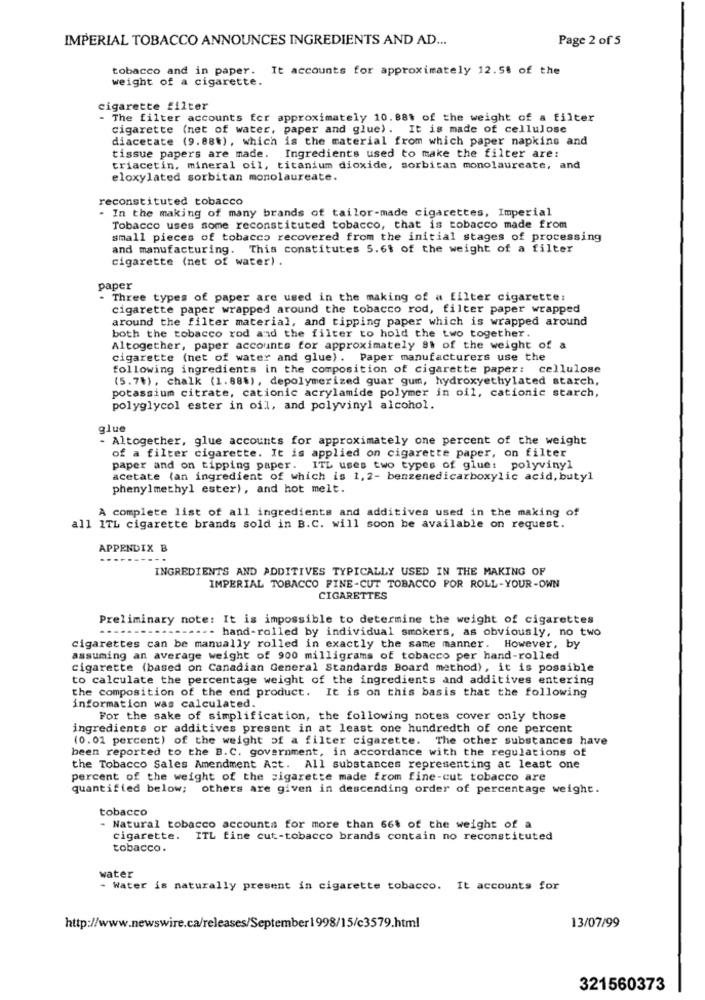
IMPERIAL TOBACCO ANNOUNCES INGREDIENTS AND AD ...
Page 2 of 5
tobacco and in paper. It accounts for approximately 12.5$ of the
weight of a cigarette.
cigarette filter
- The filter accounts for approximately 10.881 of the weight of a filter
cigarette (net of water, paper and glue) . It is made of cellulose
diacetate (9.88.), which is the material from which paper napkins and
tissue papers are made.
Ingredients used to make the filter are:
triacetin, mineral oil, titanium dioxide, sorbitan monolaureate, and
eloxylated sorbitan monolaureate.
reconstituted tobacco
In the making of many brands of tailor-made cigarettes, Imperial
Tobacco uses some reconstituted tobacco, that is tobacco made from
small pieces of tobacco recovered from the initial stages of processing
and manufacturing. This constitutes 5.61 of the weight of a filter
Cigarette (net of water) .
paper
Three types of paper are used in the making of a filter cigarette:
cigarette paper wrapped around the tobacco rod, filter paper wrapped
around the filter material, and tipping paper which is wrapped around
both the tobacco rod and the filter to hold the two together.
Altogether, paper accounts for approximately 9% of the weight of a
cigarette (net of water and glue) . Paper manufacturers use the
following ingredients in the composition of cigarette paper: cellulose
(5.74), chalk (1.88%), depolymerized guar gum, hydroxyethylated starch,
potassium citrate, cationic acrylamide polymer in oil, cationic starch,
polyglycol ester in oil, and polyvinyl alcohol.
glue
- Altogether, glue accounts for approximately one percent of the weight
of a filter cigarette. It is applied on cigarette paper, on filter
paper and on tipping paper. ITL uses two types of glue: polyvinyl
acetate (an ingredient of which is 1, 2- benzenedicarboxylic acid, butyl
phenylmethyl ester), and hot melt.
A complete list of all ingredients and additives used in the making of
all 1TL cigarette brands sold in B.C. will soon be available on request.
APPENDIX B
INGREDIENTS AND ADDITIVES TYPICALLY USED IN THE MAKING OF
IMPERIAL TOBACCO FINE-CUT TOBACCO POR ROLL-YOUR-OWN
CIGARETTES
Preliminary note: It is impossible to determine the weight of cigarettes
---- hand-rolled by individual smokers, as obviously, no two
cigarettes can be manually rolled in exactly the same manner. However, by
assuming an average weight of 900 milligrams of tobacco per hand-rolled
cigarette (based on Canadian General Standards Board method), it is possible
to calculate the percentage weight of the ingredients and additives entering
the composition of the end product. It is on this basis that the following
information was calculated.
For the sake of simplification, the following notes cover only those
ingredients or additives present in at least one hundredth of one percent
(0.01 percent) of the weight of a filter cigarette. The other substances have
been reported to the B. C. government, in accordance with the regulations of
the Tobacco Sales Amendment Act. All substances representing at least one
percent of the weight of the sigarette made from fine-cut tobacco are
quantified below; others are given in descending order of percentage weight.
tobacco
- Natural tobacco accounts for more than 66% of the weight of a
cigarette. ITL fine cut-tobacco brands contain no reconstituted
tobacco.
water
- Water is naturally present in cigarette tobacco. It accounts for
13/07/99
http://www.newswire.ca/releases/September1998/15/c3579.html
321560373